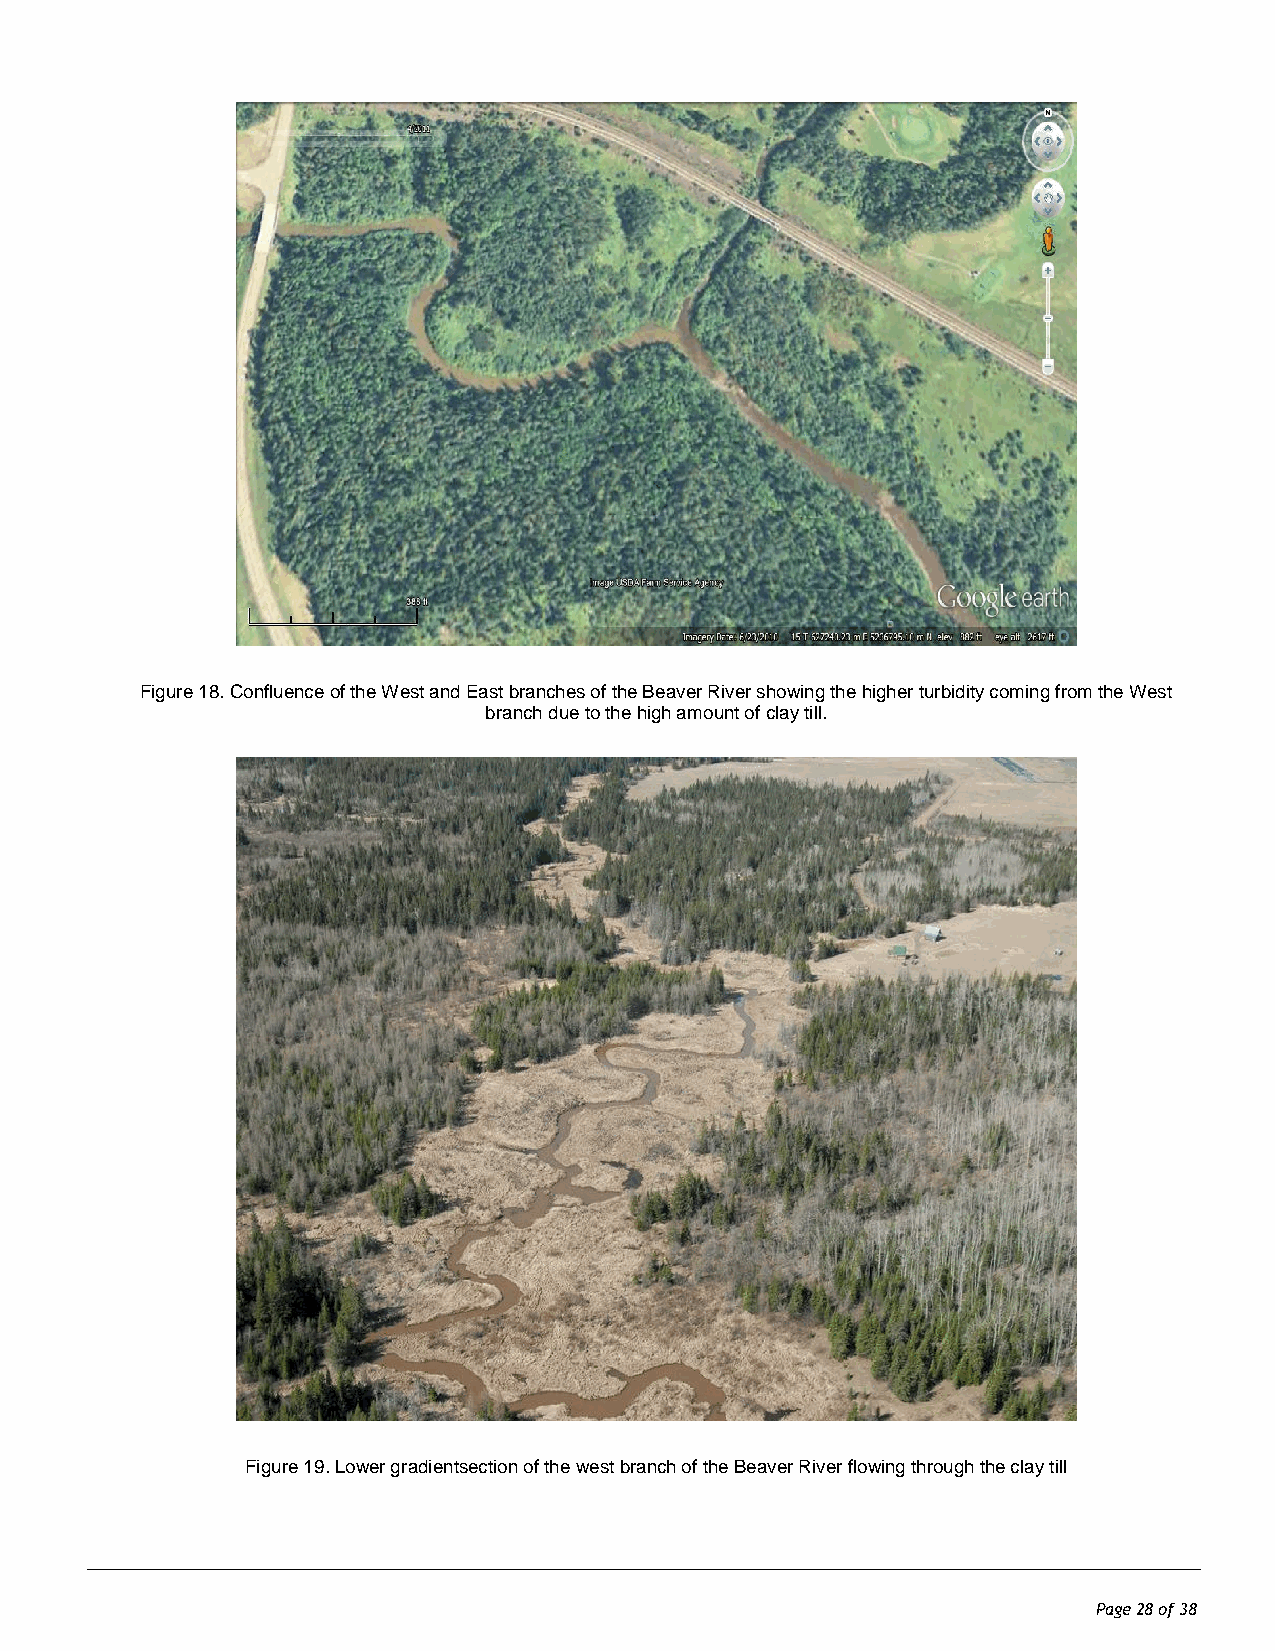
Figure 18. Confluence of the West and East branches of the Beaver River showing the higher turbidity coming from the West
 branch due to the high amount of clay till.
 Figure 19. Lower gradientsection of the west branch of the Beaver River flowing through the clay till
 Page 28 of 38